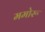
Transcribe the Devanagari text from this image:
ममोरू